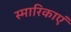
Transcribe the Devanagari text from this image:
स्मारिकाएं